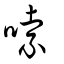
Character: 嗦